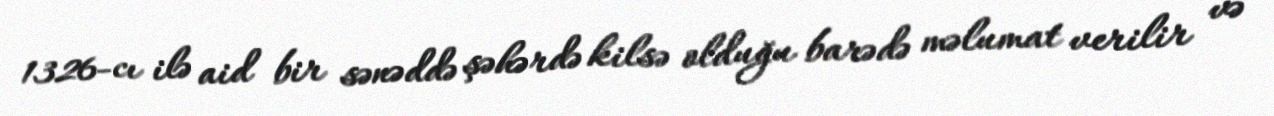
1326-cı ilə aid bir sənəddə şəhərdə kilsə olduğu barədə məlumat verilir və